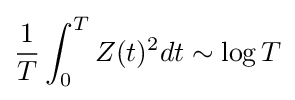
{\frac {1}{T}}\int _{0}^{T}Z(t)^{2}dt\sim \log T